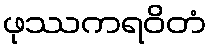
ဖုဿကရဝိတံ